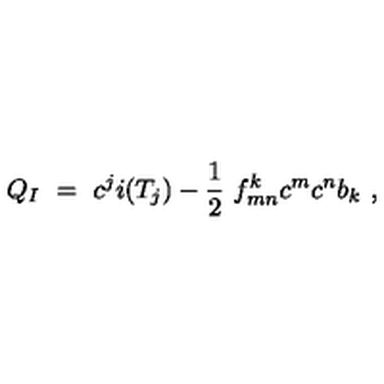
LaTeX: Q _ { I } \ = \ c ^ { j } i ( T _ { j } ) - \frac 1 2 \ f _ { m n } ^ { k } c ^ { m } c ^ { n } b _ { k } \ ,